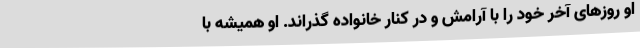
او روزهای آخر خود را با آرامش و در کنار خانواده گذراند. او همیشه با